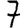
Digit: 7